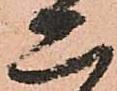
二